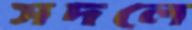
সদলে